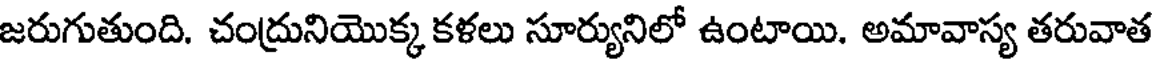
జరుగుతుంది. చంద్రునియొక్క కళలు సూర్యునిలో ఉంటాయి. అమావాస్య తరువాత